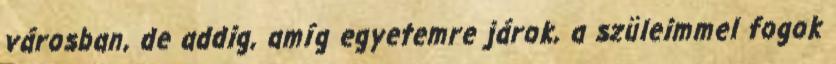
városban, de addig, amíg egyetemre járok, a szüleimmel fogok